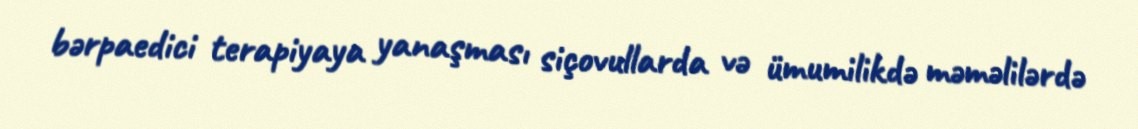
bərpaedici terapiyaya yanaşması siçovullarda və ümumilikdə məməlilərdə